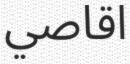
اقاصي